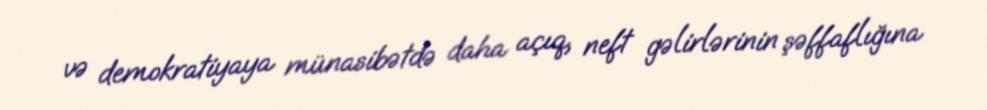
və demokratiyaya münasibətdə daha açıq, neft gəlirlərinin şəffaflığına